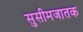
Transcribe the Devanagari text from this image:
सुसीमजातक